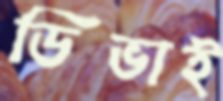
ডিভাই